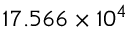
1 7 . 5 6 6 \times 1 0 ^ { 4 }